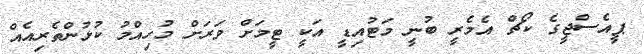
ޕީއެސްޖީގެ ކޯޗް އެމެރީ ބުނީ މަޓުއިޑީ އަކީ ޓީމަށް ވަރަށް މުހިއްމު ކުޅުންތެރިއެއް